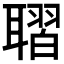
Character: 𦗗